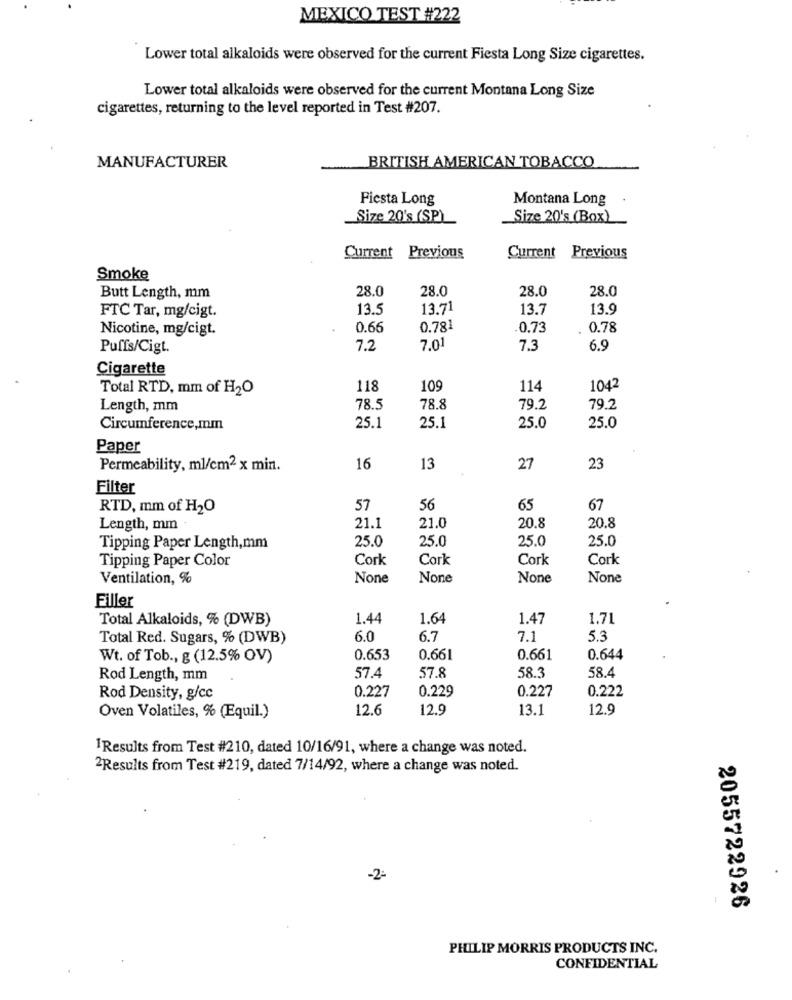
MEXICO TEST #222
Lower total alkaloids were observed for the current Fiesta Long Size cigarettes.
Lower total alkaloids were observed for the current Montana Long Size
cigarettes, returning to the level reported in Test #207.
MANUFACTURER
BRITISH AMERICAN TOBACCO
Fiesta Long
Montana Long
_Size 20's (SP)
Size 20's (Box)
Current Previous
Current Previous
Smoke
28.0
28.0
28.0
28.0
Butt Length, mm
13.
13.71
13.7
13.9
FTC Tar, mg/cigt.
Nicotine, mg/cigt.
0.66
0.781
0.73
0.78
Puffs/Cigt.
7.2
7,01
7.3
6.9
Cigarette
Total RTD, mm of H2O
118
109
114
1042
Length, mm
78.5
78.8
79.2
79.2
Circumference,mm
25.1
25.1
25.0
25.0
Paper
Permeability, ml/cm2 x min.
16
13
27
23
Filter
RTD, mm of H2O
57
56
65
67
Length, mm
21.1
21.0
20.8
20.8
25.0
25.0
25.0
25.0
Tipping Paper Length,mm
Tipping Paper Color
Cork
Cork
Cork
Cork
Ventilation, %
Filler
Total Alkaloids, % (DWB)
1.44
1.64
1.47
1.71
Total Red. Sugars, % (DWB)
6.0
6.7
7.1
5.3
Wt. of Tob ., g (12.5% OV)
0.653
0.661
0.661
0.644
Rod Length, mm
57.4
57.8
58.3
58.4
0.227
0.229
0.227
0.222
Rod Density, g/cc
12.6
12.9
13.1
12.9
Oven Volatiles, % (Equil.)
1Results from Test #210, dated 10/16/91, where a change was noted.
2Results from Test #219, dated 7/14/92, where a change was noted.
-2:
2055722926
PHILIP MORRIS PRODUCTS INC.
CONFIDENTIAL